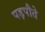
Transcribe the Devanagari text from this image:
पड़पौते